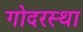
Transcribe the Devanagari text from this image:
गोदरस्था